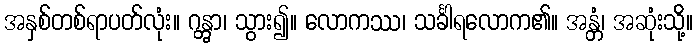
အနှစ်တစ်ရာပတ်လုံး။ ဂန္တွာ၊ သွား၍။ လောကဿ၊ သင်္ခါရလောက၏။ အန္တံ၊ အဆုံးသို့။